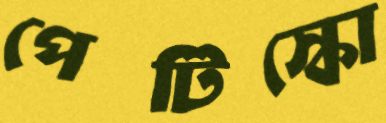
পেটিস্কো